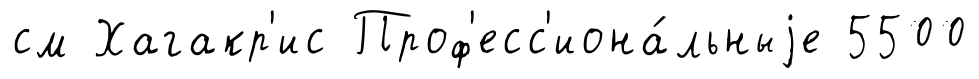
см Хагакр'ис Проф'есс'иона́льныjе 5500